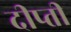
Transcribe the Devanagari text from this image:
दीप्‍ती